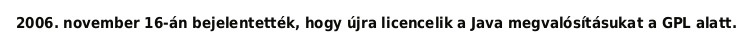
2006. november 16-án bejelentették, hogy újra licencelik a Java megvalósításukat a GPL alatt.